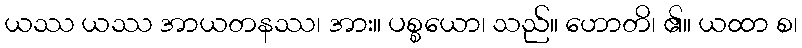
ယဿ ယဿ အာယတနဿ၊ အား။ ပစ္စယော၊ သည်။ ဟောတိ၊ ၏။ ယထာ စ၊